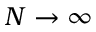
N \rightarrow \infty